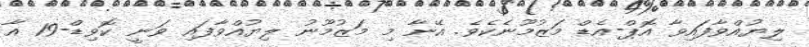
ލިޔުއްވާފައިވާ އޮޕް-އެޑް މަޒުމޫނެކެވެ. އޭނާ މި މަޒުމޫނު ލިޔުއްވާފައި ވަނީ ކޮވިޑް-19 އާ